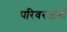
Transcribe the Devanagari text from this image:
परिवरजनों